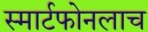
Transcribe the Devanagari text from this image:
स्मार्टफोनलाच